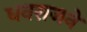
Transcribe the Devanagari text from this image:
धनराजने